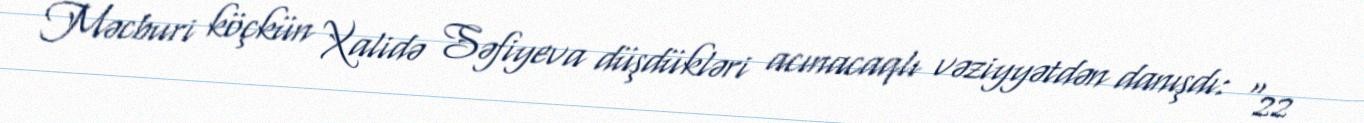
Məcburi köçkün Xalidə Səfiyeva düşdükləri acınacaqlı vəziyyətdən danışdı: “22